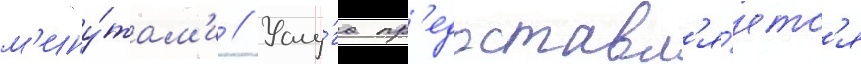
м'ину́там'и // Услу́га пр'едоставл'я́етс'я